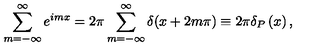
\sum _ { m = - \infty } ^ { \infty } e ^ { i m x } = 2 \pi \sum _ { m = - \infty } ^ { \infty } \delta ( x + 2 m \pi ) \equiv 2 \pi \delta _ { P } \left( x \right) ,